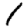
Digit: 1